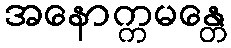
အနောက္ကမန္တေ